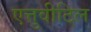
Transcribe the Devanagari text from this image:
एत्तुवीटिल